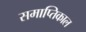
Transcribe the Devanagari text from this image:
समाप्तिकाल